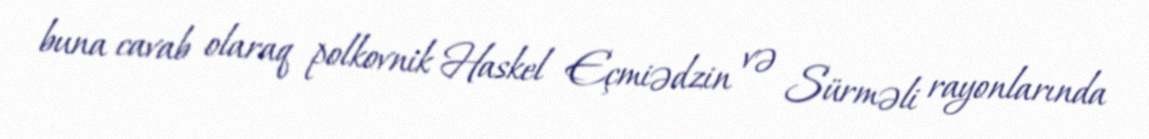
buna cavab olaraq polkovnik Haskel Eçmiədzin və Sürməli rayonlarında